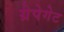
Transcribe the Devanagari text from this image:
ग्रेपेगेट